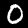
Label: 0